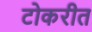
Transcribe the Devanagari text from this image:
टोकरीत